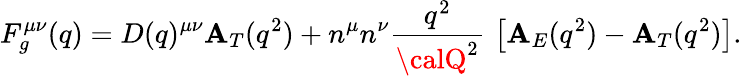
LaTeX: F_{g}^{\mu\nu}(q)=D(q)^{\mu\nu}\mathbf{A}_{T}(q^{2})+n^{\mu}n^{\nu}{\frac{{q^{2}}}{{{\calQ}^{2}}}}\, \left[\mathbf{A}_{E}(q^{2})-\mathbf{A}_{T}(q^{2})\right].